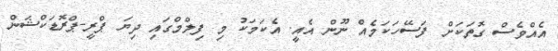
އެއްވެސް ގޮތަކަށް ފަސޭހަކަމެއް ނޫން އެއީ. އެކަމަކު މި ފިލްމްގައި ދިޔަ ޕްރީ-ޕްރޮޑަކްޝަން